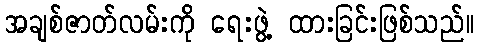
အချစ်ဇာတ်လမ်းကို ရေးဖွဲ့ ထားခြင်းဖြစ်သည်။